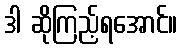
ဒါ ဆိုကြည့်ရအောင်။